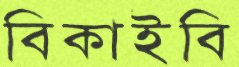
বিকাইবি